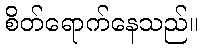
စိတ်ရောက်နေသည်။